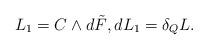
LaTeX: \begin{gather*}L_1=C\wedge d\tilde{F} ,dL_1=\delta_QL .\end{gather*}